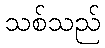
သစ်သည်